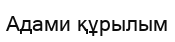
Адами құрылым